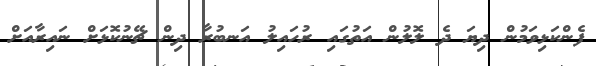
ފެންކަޅިވަމުން ދިޔަ ދެ ލޮލުން އަތުގައި ރުހައިލު އަނބުރާ ދިން ޗޭނުކޮޅަށް ނައިރާއަށް